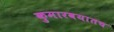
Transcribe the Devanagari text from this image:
कुमारवयातच